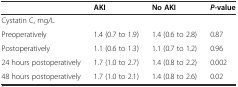
<table><thead><tr><td></td><td><b>AKI</b></td><td><b>No AKI</b></td><td><b><i>P</i>-value</b></td></tr></thead><tbody><tr><td>Cystatin C, mg/L</td><td></td><td></td><td></td></tr><tr><td>Preoperatively</td><td>1.4 (0.7 to 1.9)</td><td>1.4 (0.6 to 2.8)</td><td>0.87</td></tr><tr><td>Postoperatively</td><td>1.1 (0.6 to 1.3)</td><td>1.1 (0.7 to 1.2)</td><td>0.96</td></tr><tr><td>24 hours postoperatively</td><td>1.7 (1.0 to 2.7)</td><td>1.4 (0.8 to 2.2)</td><td>0.002</td></tr><tr><td>48 hours postoperatively</td><td>1.7 (1.0 to 2.1)</td><td>1.4 (0.8 to 2.6)</td><td>0.02</td></tr></tbody></table>